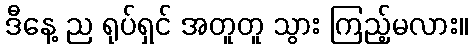
ဒီနေ့ ည ရုပ်ရှင် အတူတူ သွား ကြည့်မလား။